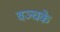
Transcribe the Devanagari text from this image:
वञ्चके